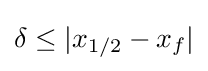
\delta \leq |x_{1/2}-x_{f}|